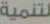
لتنمية